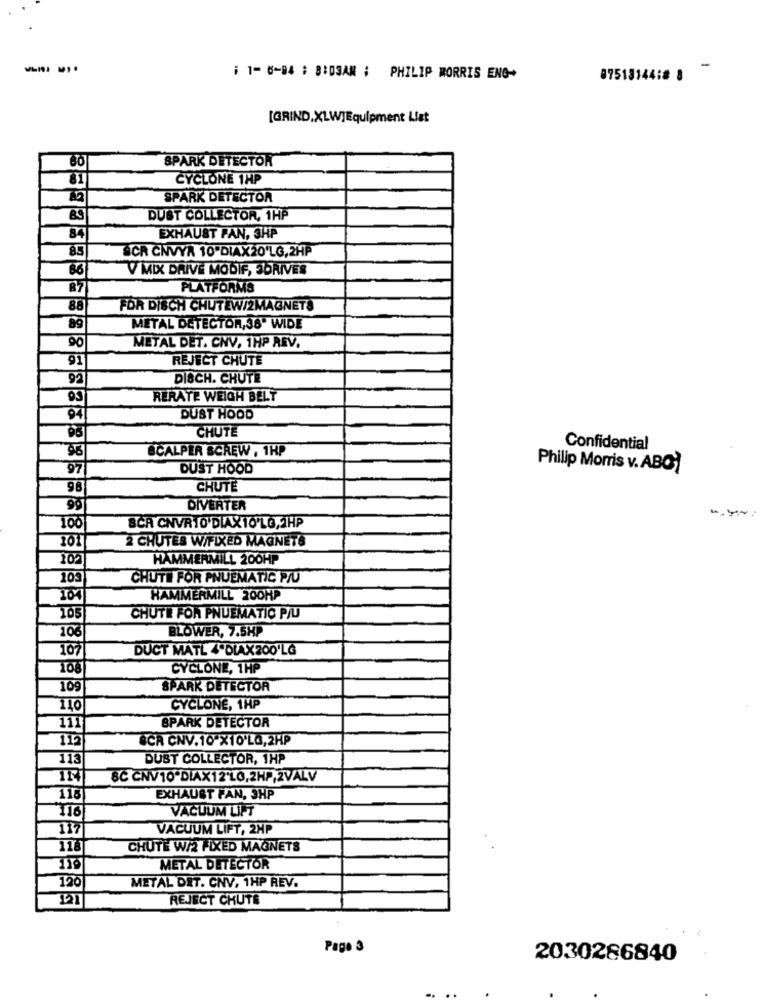
-
: 1- 6-94 : 8:03AM : PHILIP MORRIS ENG-
87513144:8 8
[GRIND,XLW]Equipment List
SPARK DETECTOR
81
CYCLONE 1HP
SPARK DETECTOR
DUST COLLECTOR, 1HP
84
EXHAUST PAN, SHP
8.5
SCR ČNVYA 10"DIAX20'LG,2HP
86
V MIX DRIVE MODIF, JORIVER
PLATFORMS
88
FOR DISCH CHUTEW/2MAGNETS
89
METAL DETECTOR,38" WIDE
90
METAL DET. CNV. 1HP REV.
91
REJECT CHUTE
92
DISCH. CHUTE
93
RERATE WEIGH BELT
94
DUST HOOD
CHUTE
SCALPER SCREW , 1HP
Confidential
97
DUST HOOD
Philip Morris v. ABC
98
CHUTE
DIVERTER
SCA CNVRTO'DIAX10'LG,2HP
2 CHUTES W/FIXED MAGNETS
105
HAMMERMILL 200HP
109
CHUTE FOR PNUEMATIC PIU
HAMMERMILL 200HP
CHUTE FOR PNUEMATIC PJU
10
BLOWER, 7.5HP
107
DUCT MATL 4ºDIAX 200'LG
CYCLONE, 1HP
109
SPARK DETECTOR
CYCLONE, 1HP
111
SPARK DETECTOR
115
SCR CNV.10 X10'LG,2HP
113
DUST COLLECTOR, 1HP
8C CNV10"DIAX12'LO,2HP,2VALV
110
EXHAUST FAN, 3HP
VACUUM LIFT
116
117
VACUUM LIFT, 2HP
118
CHUTE W/2 FIXED MAGNETS
METAL DETECTOR
120
METAL DET. CNV, 1HP REV.
REJECT CHUTE
Page 3
2030286840